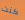
كنت